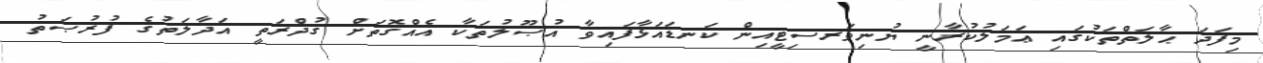
މިފަދަ ޙާލަތްތަކުގައި ޢަމަލުކުރާނީ ޔުނިވަރސިޓީއިން ކަނޑައަޅާފައިވާ އުޞޫލުތަކާ އެއްގޮތަށް ޤުދްރަތީ އަދާލަތުގެ ފުރުޞަތު